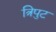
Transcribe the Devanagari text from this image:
त्रिपुट